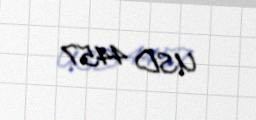
USD 4457